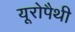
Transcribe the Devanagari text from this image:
यूरोपैथी